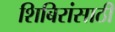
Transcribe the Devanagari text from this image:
शिबिरांसाठी